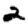
Digit: 2